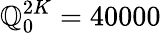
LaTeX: \mathbb{Q}_{0}^{2K}=40000